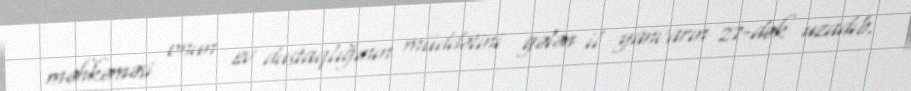
məhkəməsi onun ev dustaqlığının müddətini gələn il yanvarın 27-dək uzadıb.